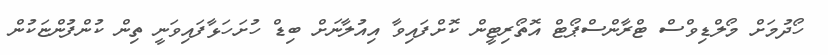
ހޯދުމަށް މޯލްޑިވްސް ޓްރާންސްޕޯޓް އޮތޯރިޓީން ކޮށްފައިވާ އިއުލާނަށް ބިޑް ހުށަހަޅާފައިވަނީ ތިން ކުންފުންޏަކުން